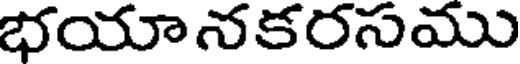
భయానకరసము